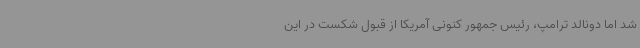
شد اما دونالد ترامپ، رئیس جمهور کنونی آمریکا از قبول شکست در این